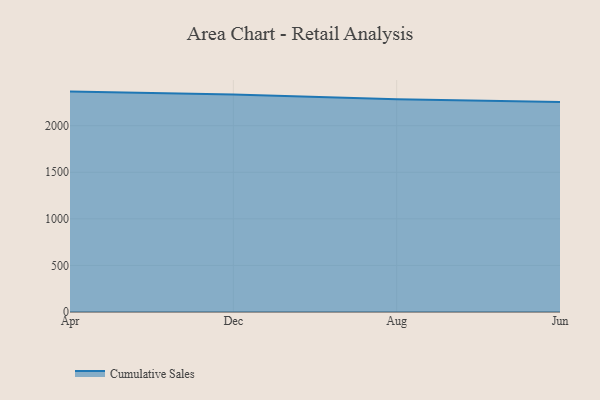
{"axis": {"x": "Month", "y": "Operating Costs (USD K)"}, "legend": ["Cumulative Sales"], "data": [{"x": "Apr", "y": 2366.2, "type": "Cumulative Sales"}, {"x": "Dec", "y": 2335.4, "type": "Cumulative Sales"}, {"x": "Aug", "y": 2284.2, "type": "Cumulative Sales"}, {"x": "Jun", "y": 2254.6, "type": "Cumulative Sales"}]}